Document type: Fief grant
Year: 1411
Scribe: Arnau de Lledó
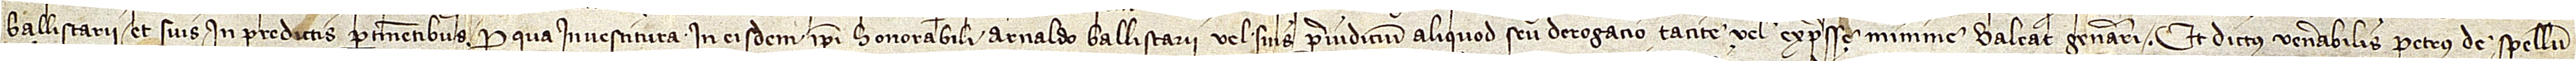
Ballistarii et suis in predictis pertinentibus. Pro qua investitura in eisdem ipsi honorabili Arnaldo Ballistarii vel suis preiudicium aliquod seu derogatio tacite vel expresse  minime valeat generari. Et dictus venerabilis Petrus de Spellun-